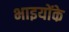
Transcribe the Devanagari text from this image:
भाइयोंके